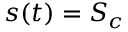
s ( t ) = S _ { c }